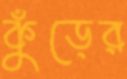
কুঁড়ের